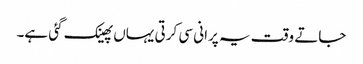
جاتے وقت یہ پرانی سی کرتی یہاں پھینک گئی ہے۔